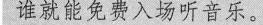
谁就能免费入场听音乐。